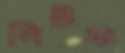
পিটক